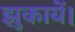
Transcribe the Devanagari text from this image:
झुकायें।